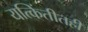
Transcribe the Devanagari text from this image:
यत्किंतीतही